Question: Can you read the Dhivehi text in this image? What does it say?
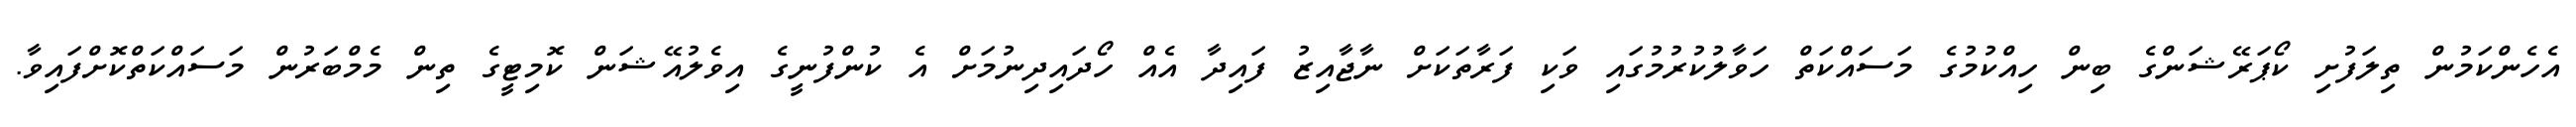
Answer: އެހެންކަމުން ތިލަފުށި ކޯޕަރޭޝަންގެ ބިން ހިއްކުމުގެ މަސައްކަތް ހަވާލުކުރުމުގައި ވަކި ފަރާތަކަށް ނާޖާއިޒު ފައިދާ އެއް ހޯދައިދިނުމަށް އެ ކުންފުނީގެ އިވެލުއޭޝަން ކޮމިޓީގެ ތިން މެމްބަރުން މަސައްކަތްކޮށްފައިވާ.